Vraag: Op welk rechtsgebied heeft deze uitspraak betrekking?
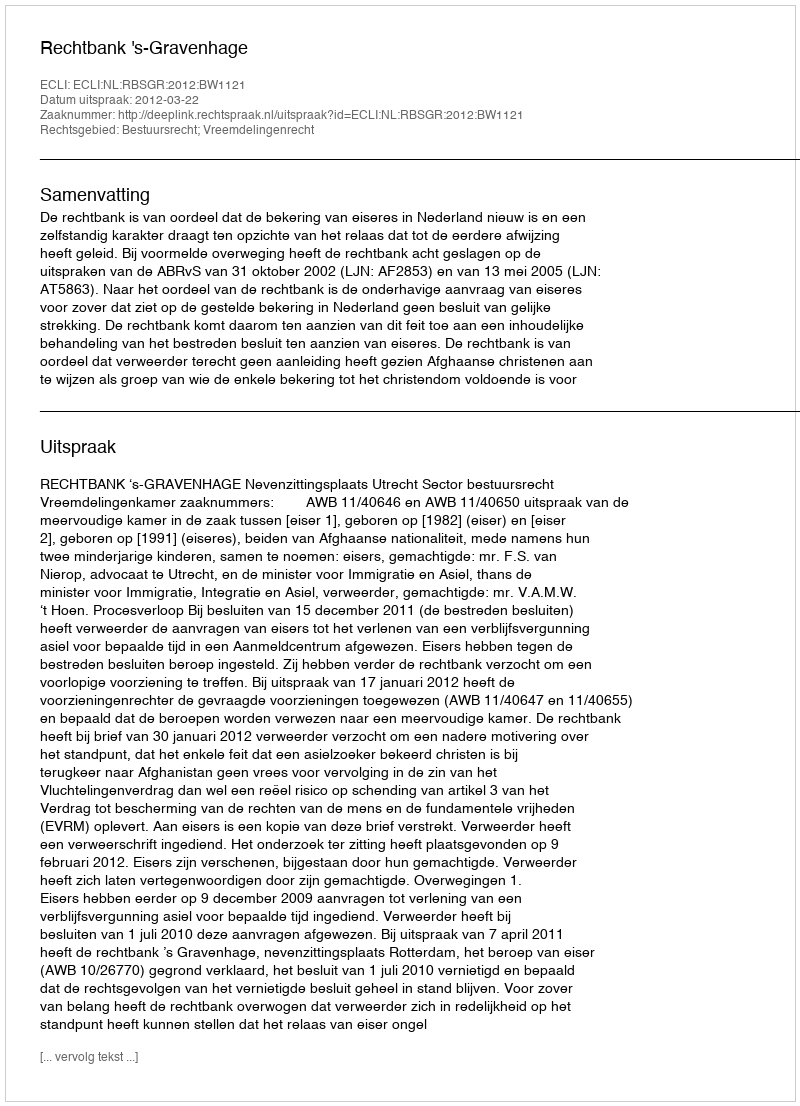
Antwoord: Bestuursrecht; Vreemdelingenrecht